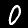
Digit: 0